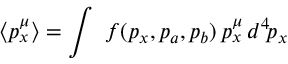
\langle p _ { x } ^ { \mu } \rangle = \int \ f ( p _ { x } , p _ { a } , p _ { b } ) \, p _ { x } ^ { \mu } \, d ^ { 4 } \! p _ { x }